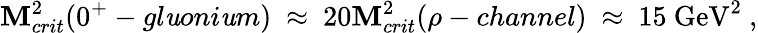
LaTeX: \mathbf{M}_{crit}^{2}(0^{+}-gl\mathit{u}oni\mathit{u}m)~\approx~20\mathbf{M}_{crit}^{2}(\rho-channel)~\approx~15~\mathrm{{GeV}}^{2}~,